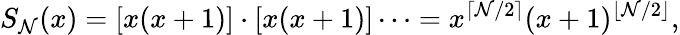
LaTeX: S_{\mathcal{N}}(x)=[x(x+1)]\cdot[x(x+1)]\cdots=x^{\lceil\mathcal{N}/2\rceil}(x+1)^{\lfloor\mathcal{N}/2\rfloor},